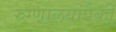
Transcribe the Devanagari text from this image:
रुग्णालयांपैकी